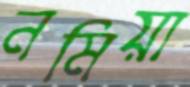
নমিয়া